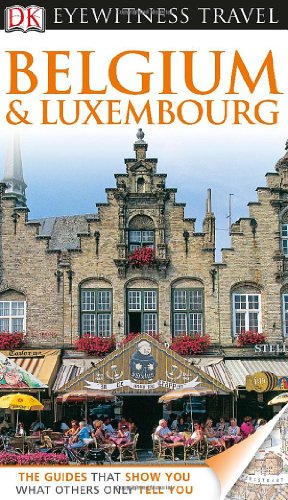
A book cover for DK Eyewitness Travel Guide: Belgium and Luxembourg; DK Publishing; Travel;